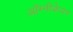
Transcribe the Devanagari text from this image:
ऑम्नीकेयर